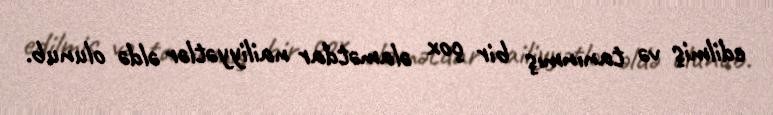
edilmiş və tanınmış bir çox əlamətdar nailiyyətlər əldə olunub.